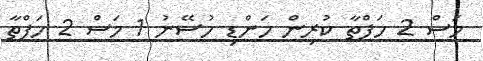
މަސް 2 ހަފްތާ ކުރިން ހަންޑި ހުސޭނު 1 މަސް 2 ހަފްތާ